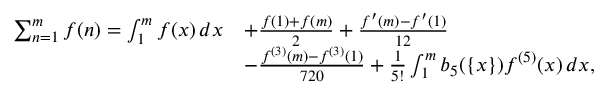
\begin{array} { r l } { \sum _ { n = 1 } ^ { m } f ( n ) = \int _ { 1 } ^ { m } f ( x ) \, d x } & { + \frac { f ( 1 ) + f ( m ) } { 2 } + \frac { f ^ { \prime } ( m ) - f ^ { \prime } ( 1 ) } { 1 2 } } \\ & { - \frac { f ^ { ( 3 ) } ( m ) - f ^ { ( 3 ) } ( 1 ) } { 7 2 0 } + \frac { 1 } { 5 ! } \int _ { 1 } ^ { m } b _ { 5 } ( \{ x \} ) f ^ { ( 5 ) } ( x ) \, d x , } \end{array}